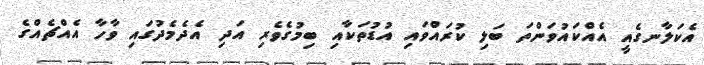
އެކަލާނގެއީ އެއްކައުވަންތަ ބަލި ކުރައްވައި އުޑުތަކާއި ބިމުގެވެރި އަދި އެދެމެދުގައި ވާހާ އެއްޗެއްގެ